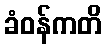
ခံဝန်ကတိ